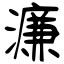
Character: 濂